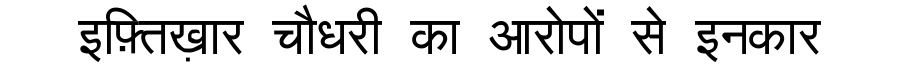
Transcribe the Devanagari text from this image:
इफ़्तिख़ार चौधरी का आरोपों से इनकार